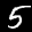
Label: 5